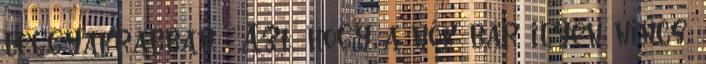
leggyakrabban : Azt, hogy a nők bár ilyen nincs,